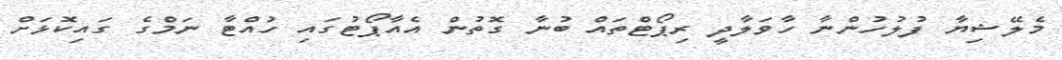
މެލޭޝިޔާ ފުލުހުންނާ ހާވަލާދީ ރިޕޯޓްތައް ބުނާ ގޮތުން އެެއާޕޯޓުގައި ހުއްޓާ ނަމްގެ ގައިކޮޅަށް